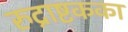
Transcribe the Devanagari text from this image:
रुद्राष्टकका